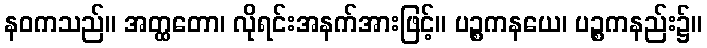
နဝကသည်။ အတ္ထတော၊ လိုရင်းအနက်အားဖြင့်။ ပဉ္စကနယေ၊ ပဉ္စကနည်း၌။